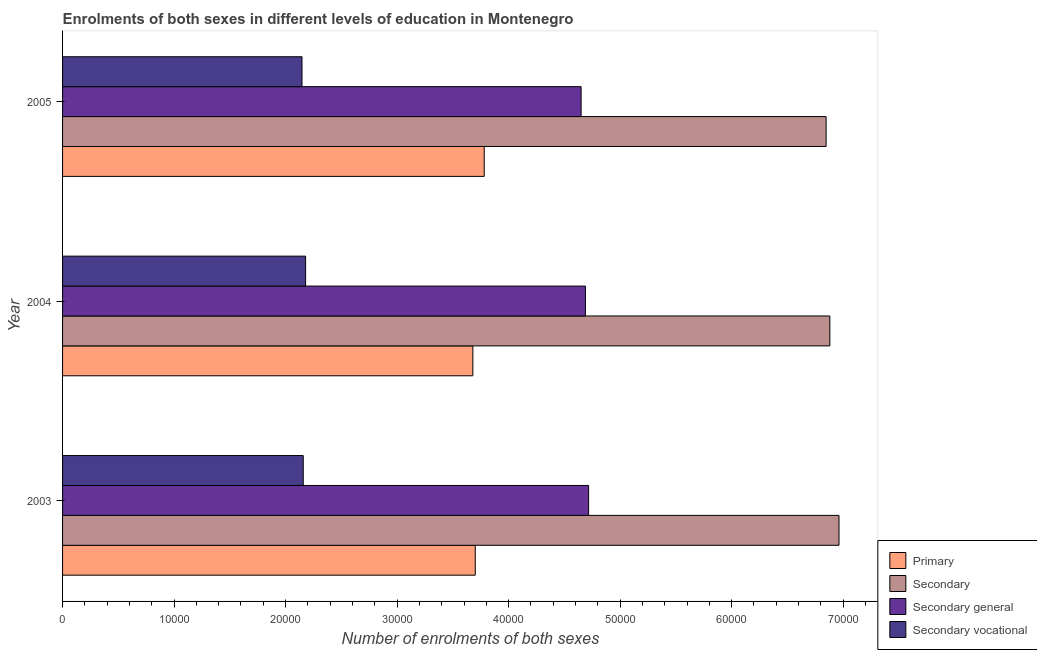
| Year | Primary | Secondary | Secondary general | Secondary vocational |
 | --- | --- | --- | --- | --- |
 | 2003 | 3.7e+04 | 6.96e+04 | 4.72e+04 | 2.16e+04 |
 | 2004 | 3.68e+04 | 6.88e+04 | 4.69e+04 | 2.18e+04 |
 | 2005 | 3.78e+04 | 6.85e+04 | 4.65e+04 | 2.15e+04 |